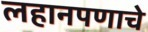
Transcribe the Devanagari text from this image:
लहानपणाचे